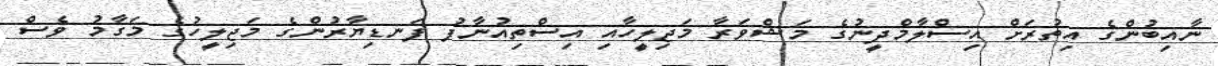
ނާއިބުންގެ އިތުރަށް އިސްލާމްދީނުގެ މަޝްވަރާ މަޖިލީހާއި އިސްތިއުނާފު ފަނޑިޔާރުންގެ މަޖިލީހުގެ މަގާމު ވެސް